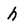
Character: h